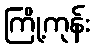
ကြို့ကုန်း